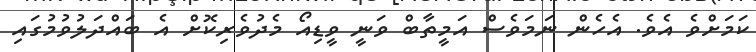
ކަމަށްވެ އެވެ. އެހެން ނަމަވެސް އަމީތާބް ވަނީ ވީޑިއޯ މެދުވެރިކޮށް އެ ބައްދަލުވުމުގައި